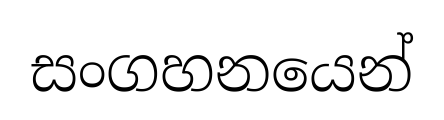
සංගහනයෙන්